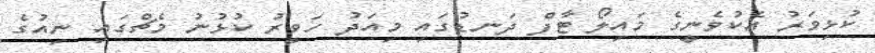
ކުޅިވަރު އެކުވެނީގެ މައިލޯ ޓާފް ދަނޑުގައި މިއަދު ހަވީރު ކުޅުނު މެޗްގައި ނިއުގެ